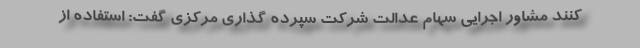
کنند مشاور اجرایی سهام عدالت شرکت سپرده گذاری مرکزی گفت: استفاده از